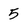
Character: 5